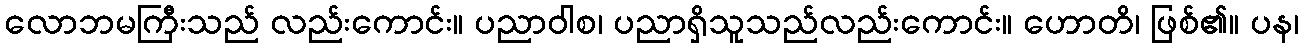
လောဘမကြီးသည် လည်းကောင်း။ ပညာဝါစ၊ ပညာရှိသူသည်လည်းကောင်း။ ဟောတိ၊ ဖြစ်၏။ ပန၊